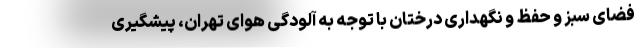
فضای سبز و حفظ و نگهداری درختان با توجه به آلودگی هوای تهران، پیشگیری